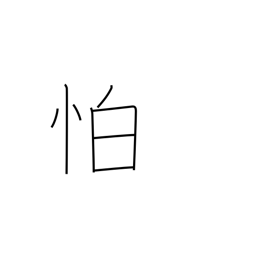
Meaning: afraid